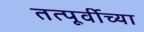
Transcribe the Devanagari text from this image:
तत्पूर्वीच्या